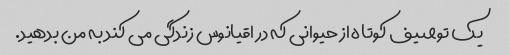
یک توصیف کوتاه از حیوانی که در اقیانوس زندگی می کند به من بدهید.